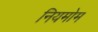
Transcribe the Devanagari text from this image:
नियमोम